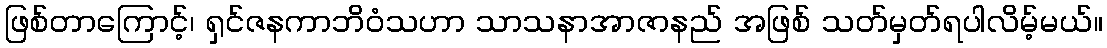
ဖြစ်တာကြောင့်၊ ရှင်ဇနကာဘိဝံသဟာ သာသနာအာဇာနည် အဖြစ် သတ်မှတ်ရပါလိမ့်မယ်။